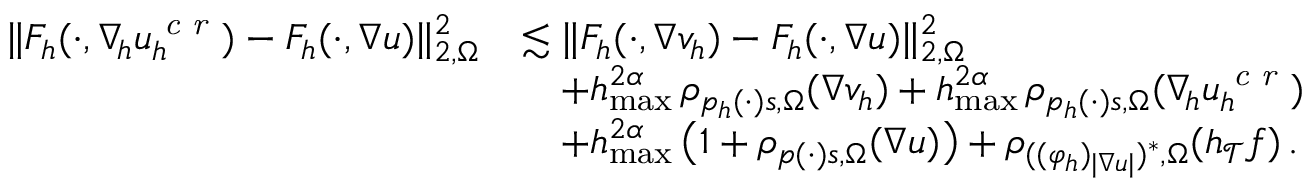
\begin{array} { r } { \begin{array} { r l } { \| F _ { h } ( \cdot , \nabla _ { \! h } u _ { h } ^ { \textit { c r } } ) - F _ { h } ( \cdot , \nabla u ) \| _ { 2 , \Omega } ^ { 2 } } & { \lesssim \| F _ { h } ( \cdot , \nabla v _ { h } ) - F _ { h } ( \cdot , \nabla u ) \| _ { 2 , \Omega } ^ { 2 } } \\ & { \quad + h _ { \operatorname* { m a x } } ^ { 2 \alpha } \, \rho _ { p _ { h } ( \cdot ) s , \Omega } ( \nabla v _ { h } ) + h _ { \operatorname* { m a x } } ^ { 2 \alpha } \, \rho _ { p _ { h } ( \cdot ) s , \Omega } ( \nabla _ { \! h } u _ { h } ^ { \textit { c r } } ) } \\ & { \quad + h _ { \operatorname* { m a x } } ^ { 2 \alpha } \, \big ( 1 + \rho _ { p ( \cdot ) s , \Omega } ( \nabla u ) \big ) + \rho _ { ( ( \varphi _ { h } ) _ { \vert \nabla u \vert } ) ^ { * } , \Omega } ( h _ { \mathcal { T } } f ) \, . } \end{array} } \end{array}